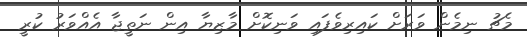
މެޗު ނިމެން ވަރަށް ކައިރިވެފައި ވަނިކޮށް މާޒިޔާ އިން ނަތީޖާ އެއްވަރު ކުރީ